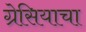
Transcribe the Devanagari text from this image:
ग्रेसियाचा